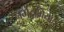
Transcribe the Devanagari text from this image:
नर्मदामैयाचे